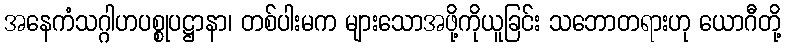
အနေကံသဂ္ဂါဟပစ္စုပဋ္ဌာနာ၊ တစ်ပါးမက များသောအဖို့ကိုယူခြင်း သဘောတရားဟု ယောဂီတို့